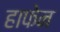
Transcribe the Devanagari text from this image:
हाफेन